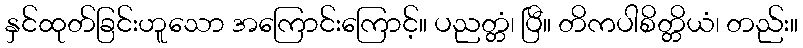
နှင်ထုတ်ခြင်းဟူသော အကြောင်းကြောင့်။ ပညတ္တံ၊ ပြီ။ တိကပါစိတ္တိယံ၊ တည်း။